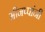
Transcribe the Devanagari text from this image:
मीनप्पांनी